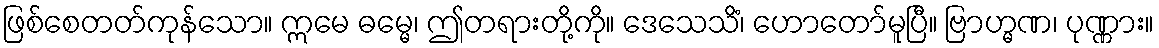
ဖြစ်စေတတ်ကုန်သော။ ဣမေ ဓမ္မေ၊ ဤတရားတို့ကို။ ဒေသေသိံ၊ ဟောတော်မူပြီ။ ဗြာဟ္မဏ၊ ပုဏ္ဏား။